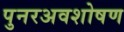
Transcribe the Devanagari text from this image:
पुनरअवशोषण